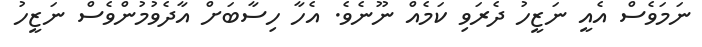
ނަމަވެސް އެއީ ނަޒީހު ދެރަވި ކަމެއް ނޫނެވެ. އެހާ ހިސާބަށް އާދެވުމުންވެސް ނަޒީހު